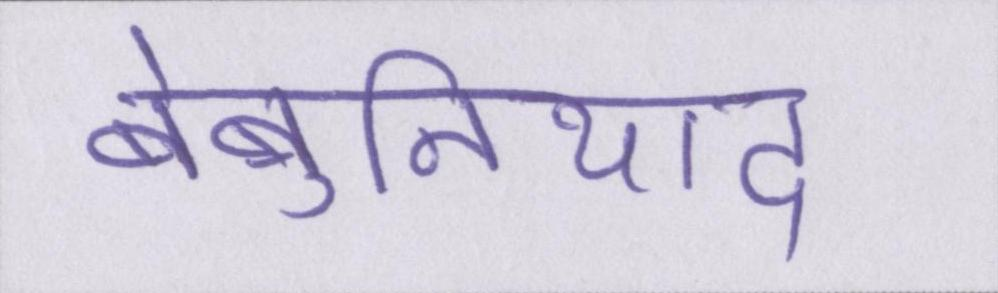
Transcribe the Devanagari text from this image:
बेबुनियाद